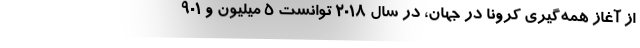
از آغاز همه‌گیری کرونا در جهان، در سال 2018 توانست 5 میلیون و 901